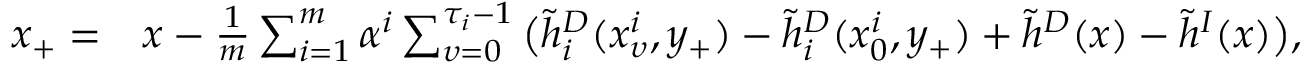
\begin{array} { r l } { x _ { + } = } & { x - \frac { 1 } { m } \sum _ { i = 1 } ^ { m } \alpha ^ { i } \sum _ { \upsilon = 0 } ^ { \tau _ { i } - 1 } \big ( \widetilde { h } _ { i } ^ { D } ( x _ { \upsilon } ^ { i } , y _ { + } ) - \widetilde h _ { i } ^ { D } ( x _ { 0 } ^ { i } , y _ { + } ) + \widetilde h ^ { D } ( x ) - \widetilde { h } ^ { I } ( x ) \big ) , } \end{array}